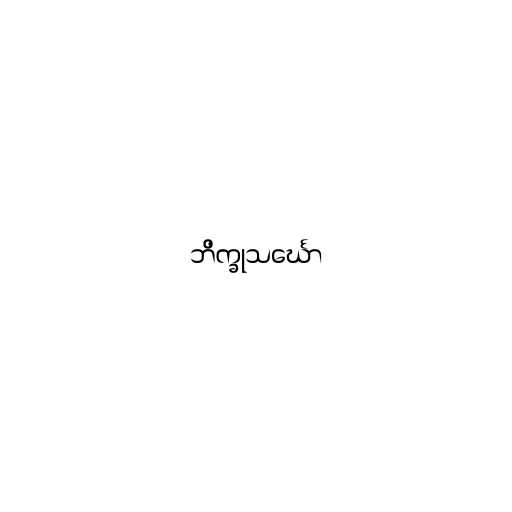
ဘိက္ခုသင်္ဃော